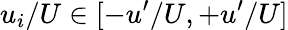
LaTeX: u_{i}/U\in[-u^{\prime}/U,+u^{\prime}/U]